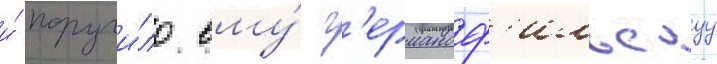
и́ поручи́ло ему́ г'ерманоф'ильскуу